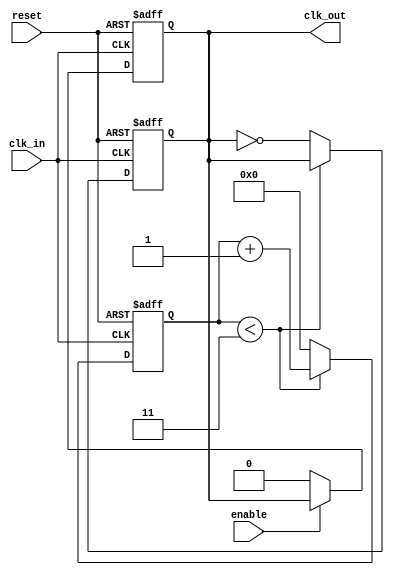
module ParameterizedClockDivider #(
    parameter N = 4 // Parameterized division factor (N)
)(
    input wire clk_in,      // Input clock signal
    input wire reset,       // Asynchronous reset signal
    input wire enable,      // Output enable signal to control clock output
    output reg clk_out      // Output clock signal
);

    // Counter to keep track of input clock cycles
    reg [31:0] counter; // 32-bit counter to accommodate larger division factors

    always @(posedge clk_in or posedge reset) begin
        if (reset) begin
            counter <= 0;     // Reset counter to 0
            clk_out <= 0;     // Reset output clock
        end else begin
            // Increment counter on each rising edge of input clock
            if (counter < (N - 1)) begin
                counter <= counter + 1; // Increment counter
            end else begin
                counter <= 0;             // Reset counter
                clk_out <= ~clk_out;     // Toggle output clock
            end
        end
    end

    // Output enable functionality
    always @(posedge clk_in or posedge reset) begin
        if (reset) begin
            clk_out <= 0; // Reset output clock
        end else if (!enable) begin
            clk_out <= 0; // Disable output clock when not enabled
        end
    end

endmodule